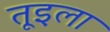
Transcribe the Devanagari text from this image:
तूइला